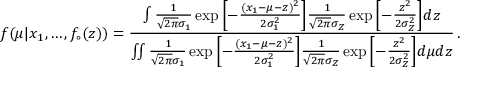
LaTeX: f ( \mu | x _ { 1 } , \ldots , f _ { \circ } ( z ) ) = \frac { \int \frac { 1 } { \sqrt { 2 \pi } \sigma _ { 1 } } \exp { \left[ - \frac { ( x _ { 1 } - \mu - z ) ^ { 2 } } { 2 \sigma _ { 1 } ^ { 2 } } \right] } \frac { 1 } { \sqrt { 2 \pi } \sigma _ { Z } } \exp { \left[ - \frac { z ^ { 2 } } { 2 \sigma _ { Z } ^ { 2 } } \right] } d z } { \int \! \! \int \frac { 1 } { \sqrt { 2 \pi } \sigma _ { 1 } } \exp { \left[ - \frac { ( x _ { 1 } - \mu - z ) ^ { 2 } } { 2 \sigma _ { 1 } ^ { 2 } } \right] } \frac { 1 } { \sqrt { 2 \pi } \sigma _ { Z } } \exp { \left[ - \frac { z ^ { 2 } } { 2 \sigma _ { Z } ^ { 2 } } \right] } d \mu d z } \, . \nonumber